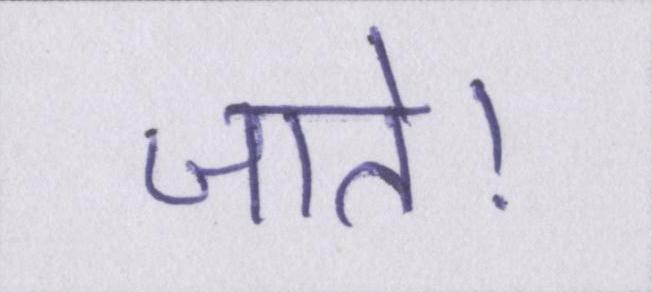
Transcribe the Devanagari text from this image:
जाते।